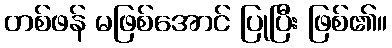
တစ်ဖန် မဖြစ်အောင် ပြုပြီး ဖြစ်၏။